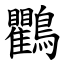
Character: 鸜